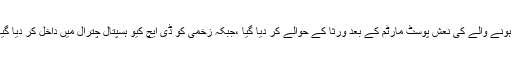
ہلاک ہونے والے کی نعش پوسٹ مارٹم کے بعد ورثا کے حوالے کر دیا گیا ،جبکہ زخمی کو ڈی ایچ کیو ہسپتال چترال میں داخل کر دیا گیا ہے ۔